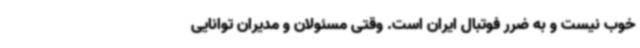
خوب نیست و به ضرر فوتبال ایران است. وقتی مسئولان و مدیران توانایی